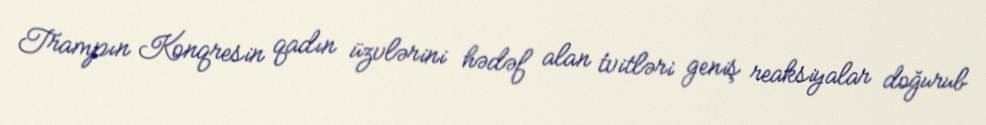
Trampın Konqresin qadın üzvlərini hədəf alan tvitləri geniş reaksiyalar doğurub